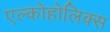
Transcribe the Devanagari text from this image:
एल्कोहोलिक्स